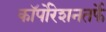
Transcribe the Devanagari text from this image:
कॉर्पोरेशनतर्फे